Medical and sanitary report of the native army of Madras for the year
Year: 1875
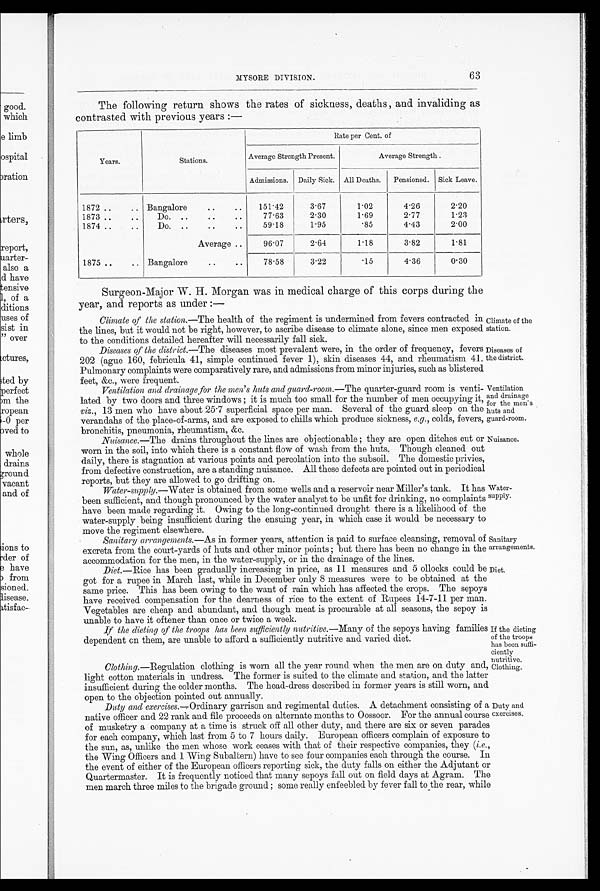
Climate of the
station.
Diseases of
the district.
Ventilation
and drainage
for the men's
huts and
guard-room.
Nuisance.
MYSORE DIVISION.
63
The following return shows the rates of sickness, deaths, and invaliding as
contrasted with previous years :—
Years.
Stations.
Rate per Cent. of
Average Strength Present.
Average Strength .
Admissions.
Daily Sick. All Deaths.
Pensioned.
Sick Leave.
1872 ..
.. Bangalore
..
..
151.42
3.67
1.02
4.26
2.20
1873 ..
..
Do. ..
..
..
7 7 . 6 3
2.30
1.69
2.77
1.23
1874 ..
..
Do. ..
. . ..
59.18
1.95
. 8 5
4.43
2.00
Average ..
96.07
2.64
1.18
3.82
1.81
1875 ..
.. Bangalore
..
..
78.58
3.22
.15
4.36
0.30
Surgeon-Major W. H. Morgan was in medical charge of this corps during the
year, and reports as under :—
Climate of the station.— The health of the regiment is undermined from fevers contracted in
the lines, but it would not be right, however, to ascribe disease to climate alone, since men exposed
to the conditions detailed hereafter will necessarily fall sick.
Diseases of the district.—The diseases most prevalent were, in the order of frequency, fevers
202 (ague 160, febricula 41, simple continued fever 1), skin diseases 44, and rheumatism 41.
Pulmonary complaints were comparatively rare, and admissions from minor injuries, such as blistered
feet. &c.. were frequent.
Ventilation and drainage for the men's huts and guard-room.— The quarter-guard room is venti-
lated by two doors and three windows ; it is much too small for the number of men occupying it,
viz., 13 men who have about 25 . 7 superficial space per man. Several of the guard sleep on the
verandahs of the place-of-arms, and are exposed to chills which produce sickness, e.g., colds, fevers,
bronchitis, pneumonia, rheumatism, &c.
Nuisance.— The drains throughout the lines are objectionable ; they are open ditches cut or
worn in the soil, into which there is a constant flow of wash from the huts. Though cleaned out
daily, there is stagnation at various points and percolation into the subsoil. The domestic privies,
from defective construction, are a standing nuisance. All these defects are pointed out in periodical
reports, but they are allowed to go drifting on.
Water-
supply.
Sanitary
arrangements.
Water-supply.— Water is obtained from some wells and a reservoir near Miller's tank. It has
been sufficient, and though pronounced by the water analyst to be unfit for drinking, no complaints
have been made regarding it. Owing to the long-continued drought there is a likelihood of the
water-supply being insufficient during the ensuing year, in which case it would be necessary to
move the regiment elsewhere.
Sanitary arrangements.—As in former years, attention is paid to surface cleansing, removal of
excreta from the court-yards of huts and other minor points ; but there has been no change in the
accommodation for the men, in the water-supply, or in the draina ge of the lines.
Diet.—Rice has been gradually increasing in price, as 11 measures and 5 ollocks could be
got for a rupee in March last, while in December only 8 measures were to be obtained at the
same price. This has been owing to the want of rain which has affected the crops. The sepoys
have received compensation for the dearness of rice to the extent of Rupees 14-7-11 per man.
Vegetables are cheap and abundant, and though meat is procurable at all seasons, the sepoy is
unable to have it oftener than once or twice a week.
If the dieting of the troops has been sufficiently nutritive.— Many of the sepoys having families
dependent cn them, are unable to afford a sufficiently nutritive and varied diet.
Clothing.—Regulation clothing is worn all the year round when the men are on duty and,
light cotton materials in undress. The former is suited to the climate and station, and the latter
insufficient during the colder months. The head-dress described in former years is still worn, and
open to the objection pointed out annually.
Duty and exercises.—Ordinary garrison and regimental duties. A detachment consisting of a
native officer and 22 rank and file proceeds on alternate months to Oossoor. For the annual course
of musketry a company at a time is struck off all other . duty, and there are six or seven parades
for each company, which last from 5 to 7 hours daily. European officers complain of exposure to
the sun, as, unlike the men whose work ceases with that of their respective companies, they (i.e.,
the Wing Officers and 1 Wing Subaltern) have to see four companies each through the course. In
the event of either of the European officers reporting sick, the duty falls on either the Adjutant or
Quartermaster. It is frequently noticed that many sepoys fall out on field days at Agram. The
men march three miles to the brigade ground ; some really enfeebled by fever fall to the rear, while
Diet.
If the dieting
of the troops
has been suffi-
ciently
nutrutive.
Clothing.
Duty and
exercises.